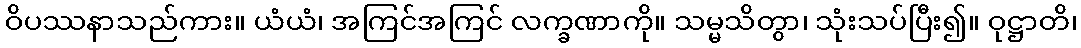
ဝိပဿနာသည်ကား။ ယံယံ၊ အကြင်အကြင် လက္ခဏာကို။ သမ္မသိတွာ၊ သုံးသပ်ပြီး၍။ ဝုဋ္ဌာတိ၊